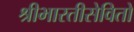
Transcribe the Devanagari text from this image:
श्रीभारतीसेवितो